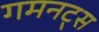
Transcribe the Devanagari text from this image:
गमनट्स